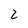
Character: 2